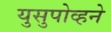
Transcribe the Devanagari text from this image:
युसुपोव्हने